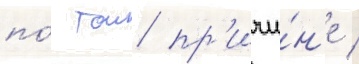
по́ тои пр'ичи́н'е /